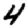
Digit: 4